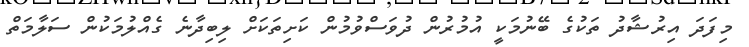
މިފަދަ އިރުޝާދު ތަކުގެ ބޭނުމަކީ އުމުރުން ދުވަސްވުމުން ކަށިތަކަށް ލިބިދާނެ ގެއްލުމަކުން ސަލާމަތް